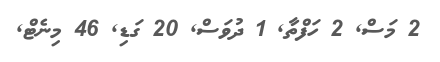
2 މަސް